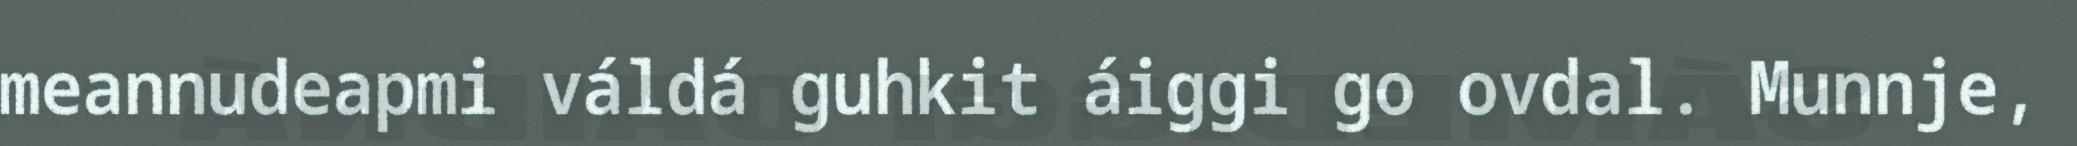
meannudeapmi váldá guhkit áiggi go ovdal. Munnje,